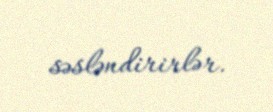
səsləndirirlər.